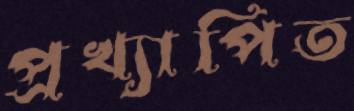
প্রখ্যাপিত